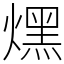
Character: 㷵